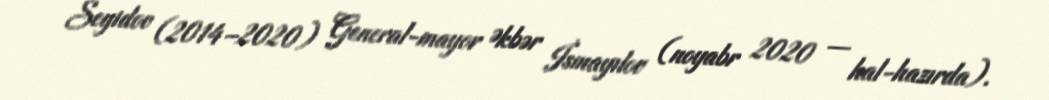
Seyidov (2014–2020) General-mayor Əkbər İsmayılov (noyabr 2020 — hal-hazırda).